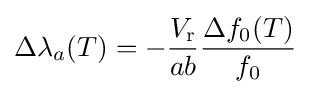
\Delta \lambda _{a}(T)=-{\frac {V_{\mathrm {r} }}{ab}}{\frac {\Delta f_{0}(T)}{f_{0}}}